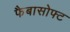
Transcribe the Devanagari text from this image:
फैबासोफ्ट